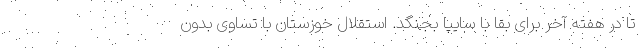
تا در هفته آخر برای بقا با سایپا بجنگد. استقلال خوزستان با تساوی بدون